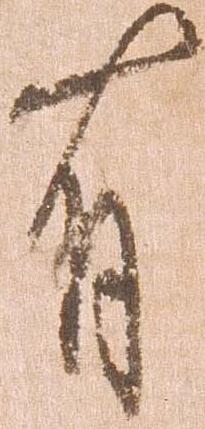
有